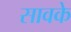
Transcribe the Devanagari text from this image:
सावके